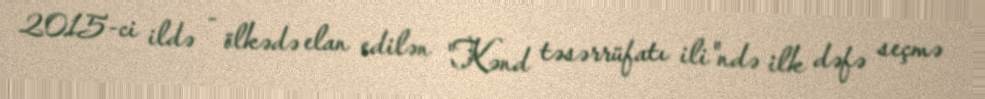
2015-ci ildə - ölkədə elan edilən "Kənd təsərrüfatı ili"ndə ilk dəfə seçmə